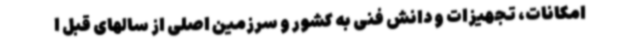
امکانات، تجهیزات و دانش فنی به کشور و سرزمین اصلی از سالهای قبل ا